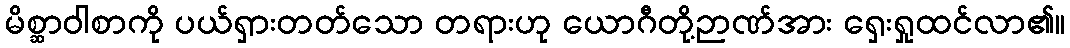
မိစ္ဆာဝါစာကို ပယ်ရှားတတ်သော တရားဟု ယောဂီတို့ဉာဏ်အား ရှေးရှုထင်လာ၏။